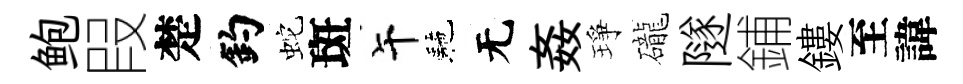
鲍叚楚釣蛇斑午駰无姦琤礲隧鋪鏤至諱